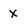
Character: x